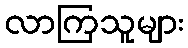
လာကြသူများ